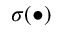
\sigma ( \bullet )